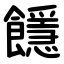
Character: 䭡